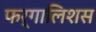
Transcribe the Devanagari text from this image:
फर्गालिशस